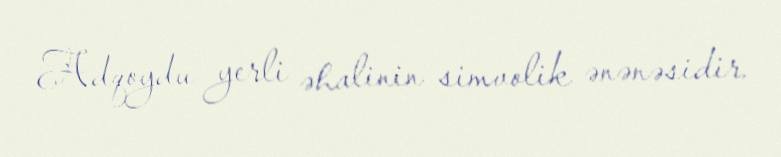
Adqoydu yerli əhalinin simvolik ənənəsidir.